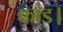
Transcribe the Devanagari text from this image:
कांड।